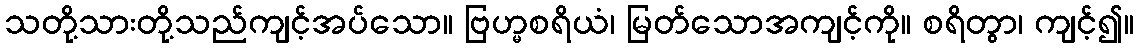
သတို့သားတို့သည်ကျင့်အပ်သော။ ဗြဟ္မစရိယံ၊ မြတ်သောအကျင့်ကို။ စရိတွာ၊ ကျင့်၍။